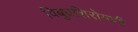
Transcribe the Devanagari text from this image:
विबुधशिरोमणी